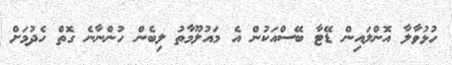
ހުޅުވާލާ އޮންލައިން ޑޭޓާ ބޭސްއަކުން އެ މައުލޫމާތު ލިބެން ހުންނާނެ ގޮތް ހެދުމަށް